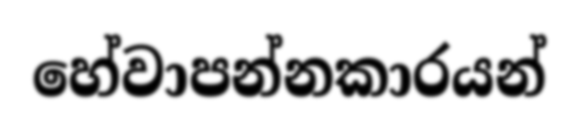
හේවාපන්නකාරයන්